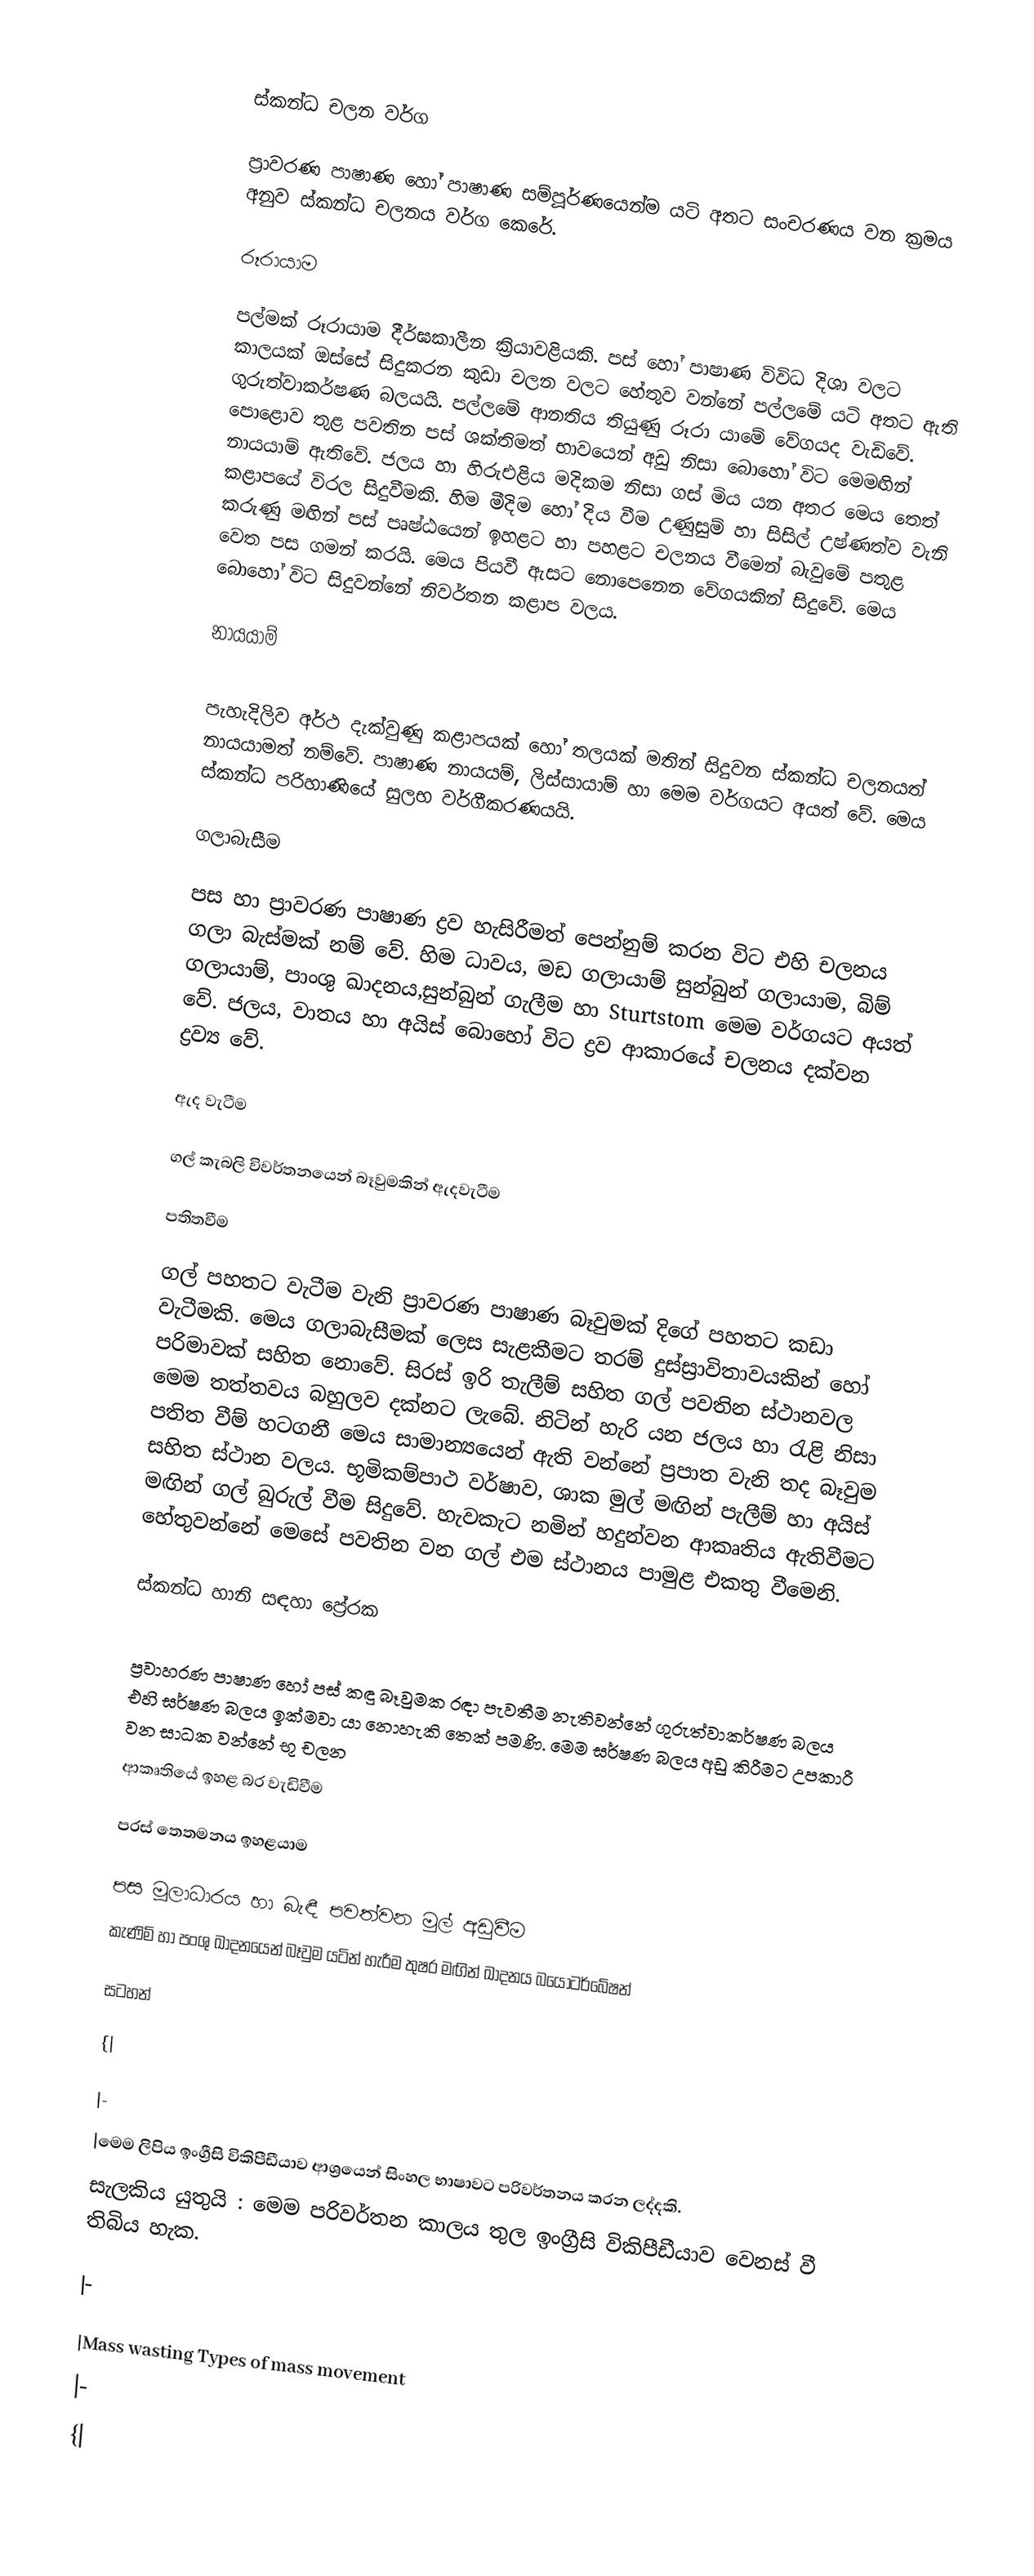

ස්කන්ධ චලන වර්ග

ප්‍රාවරණ පාෂාණ හෝ පාෂාණ සම්පූර්ණයෙන්ම යටි අතට සංචරණය වන ක්‍රමය අනුව ස්කන්ධ චලනය වර්ග කෙරේ.

රූරායාම

පල්මක් රූරායාම දීර්ඝකාලීන ක්‍රියාවළියකි. පස් හෝ පාෂාණ විවිධ දිශා වලට කාලයක් ඔස්සේ සිදුකරන කුඩා චලන වලට හේතුව වන්නේ පල්ලමේ යටි අතට ඇති ගුරුත්වාකර්ෂණ බලයයි. පල්ලමේ ආනතිය තියුණු රූරා යාමේ වේගයද වැඩිවේ. පොළොව තුළ පවතින පස් ශක්තිමත් භාවයෙන් අඩු නිසා බොහෝ විට මෙමඟින් නායයාම් ඇතිවේ. ජලය හා හිරුඑළිය මදිකම නිසා ගස් මිය යන අතර මෙය තෙත් කළාපයේ විරල සිදුවීමකි. හිම මීදිම හෝ දිය වීම උණුසුම් හා සිසිල් උෂ්ණත්ව වැනි කරුණු මඟින් පස් පෘෂ්ඨයෙන් ඉහළට හා පහළට චලනය වීමෙන් බැවුමේ පතුළ වෙත පස ගමන් කරයි. මෙය පියවී ඇසට නොපෙනෙන වේග‍යකින් සිදුවේ. මෙය බොහෝ විට සිදුවන්නේ නිවර්තන කළාප වලය.

නායයාම්

පැහැදිලිව අර්ථ දැක්වුණු කළාපයක් හෝ තලයක් මතින් සිදුවන ස්කන්ධ චලනයත් නායයාමත් නම්වේ. පාෂාණ නායයම්, ලිස්සායාම් හා මෙම වර්ගයට අයත් වේ. මෙය ස්කන්ධ පරිහාණියේ සුලභ වර්ගීකරණයයි.

ගලාබැසීම

පස හා ප්‍රාවරණ පාෂාණ ද්‍රව හැසිරීමත් පෙන්නුම් කරන විට එහි චලනය ගලා බැස්මක් නම් වේ. හිම ධාවය, මඩ ගලායාම් සුන්බුන් ගලායාම, බිම් ගලායාම්, පාංශු ඛාදනය,සුන්බුන් ගැලීම හා Sturtstom  මෙම වර්ගයට අයත් වේ. ජලය, වාතය හා අයිස් බොහෝ විට ද්‍රව ආකාරයේ චලනය දක්වන ද්‍රව්‍ය වේ.

ඇද වැටීම

ගල් කැබලි විවර්තනයෙන් බෑවුමකින් ඇදවැටීම

පතිතවීම

ගල් පහතට වැටීම වැනි ප්‍රාවරණ පාෂාණ බෑවුමක් දිගේ පහතට කඩා වැටීමකි. මෙය ගලාබැසීමක් ලෙස සැළකීමට තරම් දුස්ස්‍රාවිතාවයකින් හෝ පරිමාවක් සහිත නොවේ. සිරස් ඉරි තැලීම් සහිත ගල් පවතින ස්ථානවල මෙම තත්තවය බහුලව දක්නට ලැබේ. නිටින් හැරි යන ජලය හා රැළි නිසා පතිත වීම් හටගනී මෙය සාමාන්‍යයෙන් ඇති වන්නේ ප්‍රපාත වැනි තද බෑවුම සහිත ස්ථාන වලය. භූමිකම්පාථ වර්ෂාව, ශාක මුල් මඟින් පැලීම් හා අයිස් මඟින් ගල් බුරුල් වීම සිදුවේ. හැවකැට නමින් හදුන්වන ආකෘතිය ඇතිවීමට හේතුවන්නේ මෙසේ පවතින වන ගල් එම ස්ථානය පාමුළ එකතු වීමෙනි.

ස්කන්ධ හානි සඳහා ප්‍රේරක

ප්‍රවාහරණ පාෂාණ හෝ පස් කඳු බෑවුමක රඳා පැවතීම නැතිවන්නේ ගුරුත්වාකර්ෂණ බලය එහි ඝර්ෂණ බලය ඉක්මවා යා නොහැකි තෙක් පමණි. මෙම ඝර්ෂණ බලය අඩු කිරීමට උපකාරී වන සාධක වන්නේ භූ චලන
ආකෘතියේ ඉහළ බර වැඩිවීම

පරස් තෙතමනය ඉහළයාම

පස මූලාධාරය හා බැඳී පවත්වන මුල් අඩුවීම
කැණිම් හා පංශු ඛාදනයෙන් බෑවුම යටින් හැරීම තුෂර මඟින් ඛාදනය බයෝටර්බේෂන්

සටහන්

{|

|-
|මෙම ලිපිය ඉංග්‍රීසි විකිපීඩීයාව ආශ්‍රයෙන් සිංහල භාෂාවට පරිවර්තනය කරන ලද්දකි.
සැලකිය යුතුයි : මෙම පරිවර්තන කාලය තුල ඉංග්‍රීසි විකිපීඩීයාව වෙනස් වී තිබිය හැක.

|-

|Mass wasting Types of mass movement
|-
{|